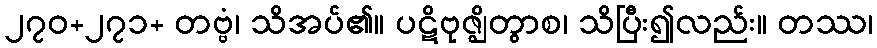
၂၇၀+၂၇၁+ တဗ္ဗံ၊ သိအပ်၏။ ပဋိဗုဇ္ဈိတွာစ၊ သိပြီး၍လည်း။ တဿ၊